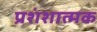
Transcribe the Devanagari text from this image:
प्रशंशात्मक